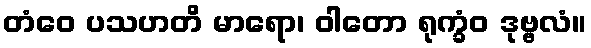
တံဝေ ပသဟတိ မာရော၊ ဝါတော ရုက္ခံဝ ဒုဗ္ဗလံ။